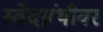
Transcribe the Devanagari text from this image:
स्वेदग्रंथीवर